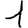
Digit: 1